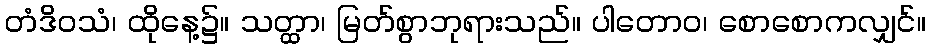
တံဒိဝသံ၊ ထိုနေ့၌။ သတ္ထာ၊ မြတ်စွာဘုရားသည်။ ပါတောဝ၊ စောစောကလျှင်။